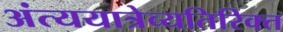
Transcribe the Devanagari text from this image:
अंत्ययात्रेव्यतिरिक्त